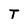
Character: T